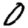
Digit: 0